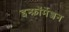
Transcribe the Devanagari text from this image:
इन्फ़ॉर्मेशन